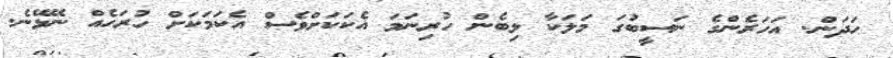
ހަދަން. އަހަރެންގެ ނަސީބުގަ މަލަކާ ލިބެން ހުރިނަމަ އެކަކަށްވެސް އެކަމަކަށް ހުރަހެއް ނޭޅޭނެ.